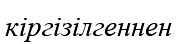
кіргізілгеннен